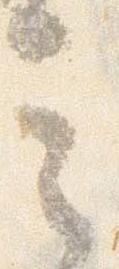
言